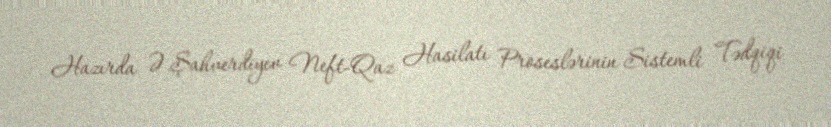
Hazırda Ə.Şahverdiyev Neft-Qaz Hasilatı Proseslərinin Sistemli Tədqiqi